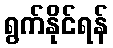
ရွက်နိုင်ရန်